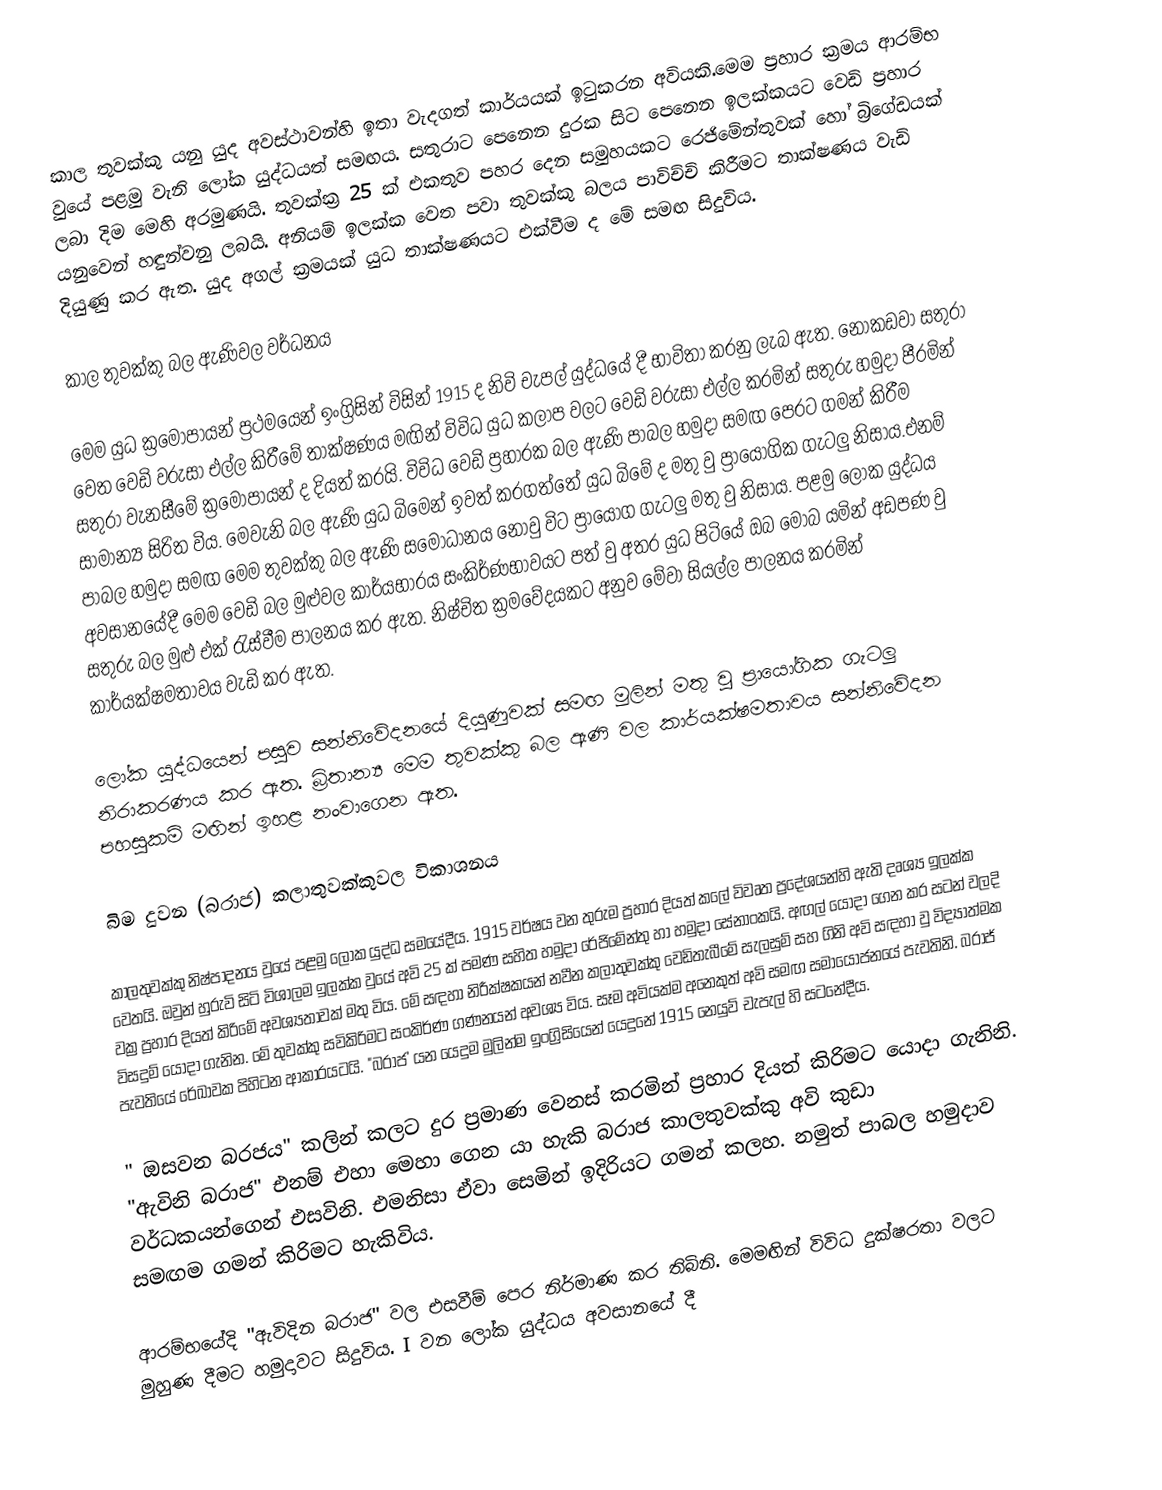
කාල තුවක්කු යනු යුද අවස්ථාවන්හි ඉතා වැදගත් කාර්යයක් ඉටුකරන අවියකි.මෙම ප්‍රහාර ක්‍රමය ආරම්භ වුයේ පළමු වැනි ලෝක යුද්ධයත් සමඟය. සතුරාට පෙනෙන දුරක සිට පෙනෙන ඉලක්කයට වෙඩි ප්‍රහාර ලබා දිම මෙහි අරමුණයි. තුවක්ක්‍ර 25 ක් එකතුව පහර දෙන සමුහයකට රෙජිමේන්තුවක් හෝ බ්‍රිගේඩයක් යනුවෙන් හඳුන්වනු ලබයි. අනියම් ඉලක්ක වෙත පවා තුවක්කු බලය පාවිච්චි කිරීමට තාක්ෂණය වැඩි දියුණු කර ඇත. යුද අගල් ක්‍රමයක් යුධ තාක්ෂණයට එක්වීම ද මේ සමඟ සිදුවිය.

කාල තුවක්කු බල ඇණිවල වර්ධනය

මෙම යුධ ක්‍රමෝපායන් ප්‍රථමයෙන් ඉංග්‍රිසින් විසින් 1915 ද නිවි චැපල් යුද්ධයේ දී භාවිතා කරනු ලැබ ඇත. නොකඩවා සතුරා වෙත වෙඩි වරුසා එල්ල කිරීමේ තාක්ෂණය මඟින් විවිධ යුධ කලාප වලට වෙඩි වරුසා එල්ල කරමින් සතුරු හමුදා පීරමින් සතුරා වැනසීමේ ක්‍රමෝපායන් ද දියත් කරයි. විවිධ වෙඩි ප්‍රහාරක බල ඇණි පාබල හමුදා සමඟ පෙරට ගමන් කිරීම සාමාන්‍ය සිරිත විය. මෙවැනි බල ඇණි යුධ බිමෙන් ඉවත් කරගත්තේ යුධ බිමේ ද මතු වු ප්‍රායෝගික ගැටලු නිසාය.එනම් පාබල හමුදා සමඟ මෙම තුවක්කු බල ඇණි සමෝධානය නොවු විට ප්‍රායෝග ගැටලු මතු වු නිසාය. පළමු ලෝක යුද්ධය අවසානයේදී මෙම වෙඩි බල මුළුවල කාර්යභාරය සංකිර්ණභාවයට පත් වු අතර යුධ පිටියේ ඔබ මොබ යමින් අඩපණ වු සතුරු බල මුළු එක් ‍රැස්වීම පාලනය කර ඇත. නිෂ්චිත ක්‍රමවේදයකට අනුව මේවා සියල්ල පාලනය කරමින් කාර්යක්ෂමතාවය වැඩි කර ඇත.

‍ලෝක යුද්ධයෙන් පසුව සන්නිවේදනයේ දියුණුවක් සමඟ මුලින් මතු වු ප්‍රායෝගික ගැටලු නිරාකරණය කර ඇත. බ්‍රිතාන්‍ය මෙම තුවක්කු බල ඇණි වල කාර්යක්ෂමතාවය සන්නිවේදන පහසුකම් මඟින් ඉහළ නංවාගෙන ඇත.

බිම දුවන (බරාජ) කලාතුවක්කුවල විකාශනය

කාලතුවක්කු නිෂ්පාදනය වුයේ පළමු ලෝක යුද්ධ සමයේදීය. 1915 වර්ෂය වන තුරුම ප්‍රහාර දියත් කලේ විවෘත ප්‍රදේශයන්හි ඇති දෘශ්‍ය ඉලක්ක වෙතයි. ඔවුන් හුරුවි සිටි විශාලම ඉලක්ක වුයේ අවි 25 ක් පමණ සහිත හමුදා රේජිමේන්තු හා හමුදා සේනාංකයි. අඟල් යොදා ගෙන කර සටන් වලදි වක්‍ර ප්‍රහාර දියත් කිරිමේ අවශ්‍යතාවක් මතු විය. මේ සඳහා නිරීක්ෂකයන් නවීන කලාතුවක්කු වෙඩිතැබීමේ සැලසුම් සහ ගිනි අවි සඳහා  වු විද්‍යාත්මක විසදුම් යොදා ගැනින. මේ තුවක්කු සවිකිරිමට සංකිර්ණ ගණනයන් අවශ්‍ය විය. සෑම අවියක්ම අනෙකුත් අවි සමඟ සමායෝජනයේ පැවතිනි. බරාජ් පැවතියේ රේඛාවක පිහිටන ආකාරයටයි. "බරාජ' යන යෙදුම මුලින්ම ඉංග්‍රිසියෙන් යෙදුනේ 1915 නෙයුව් චැපැල් හි සටනේදීය.

" ඔසවන බරජය" කලින් කලට දුර ප්‍රමාණ වෙනස් කරමින් ප්‍රහාර දියත් කිරිමට යොදා ගැනිනි. "ඇවිනි බරාජ" එනම් එහා මෙහා ගෙන යා හැකි බරාජ කාලතුවක්කු අවි කුඩා වර්ධකයන්ගෙන් එසවිනි. එමනිසා ඒවා සෙමින් ඉදිරියට ගමන් කලහ. නමුත් පාබල හමුදාව සමඟම ගමන් කිරිමට හැකිවිය.

ආරම්භයේදි "ඇවිදින බරාජ" වල එසවීම් පෙර නිර්මාණ කර තිබිනි. මෙමඟින් විවිධ  දුක්ෂරතා වලට මුහුණ දීමට හමුදාවට සිදුවිය. I වන ලෝක යුද්ධ‍ය අවසානයේ දී